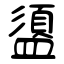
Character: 盨